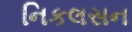
નિકલસન